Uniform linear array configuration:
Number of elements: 48
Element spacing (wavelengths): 0.25
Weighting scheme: cosine
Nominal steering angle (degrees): -45
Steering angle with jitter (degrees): -45.89
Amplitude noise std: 0.05
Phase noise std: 0.05

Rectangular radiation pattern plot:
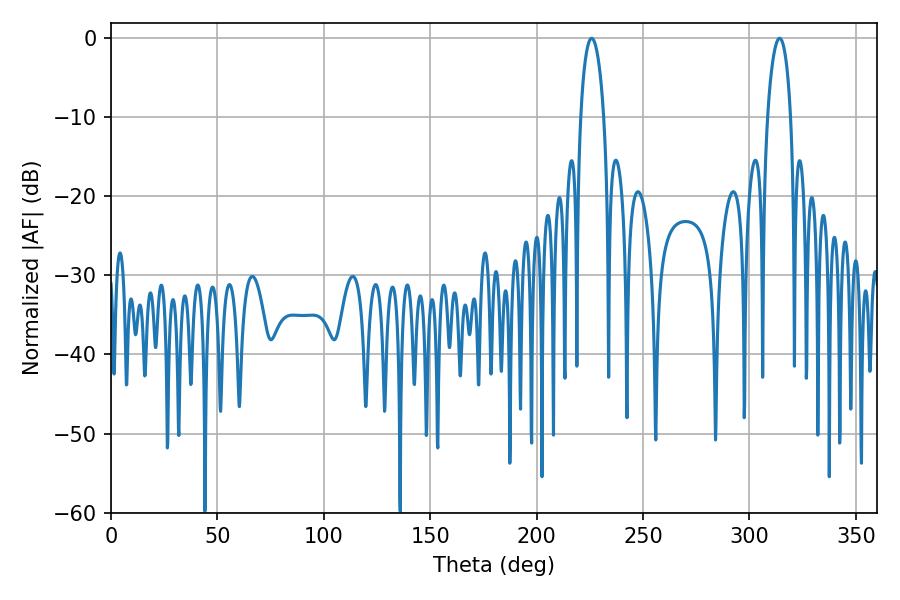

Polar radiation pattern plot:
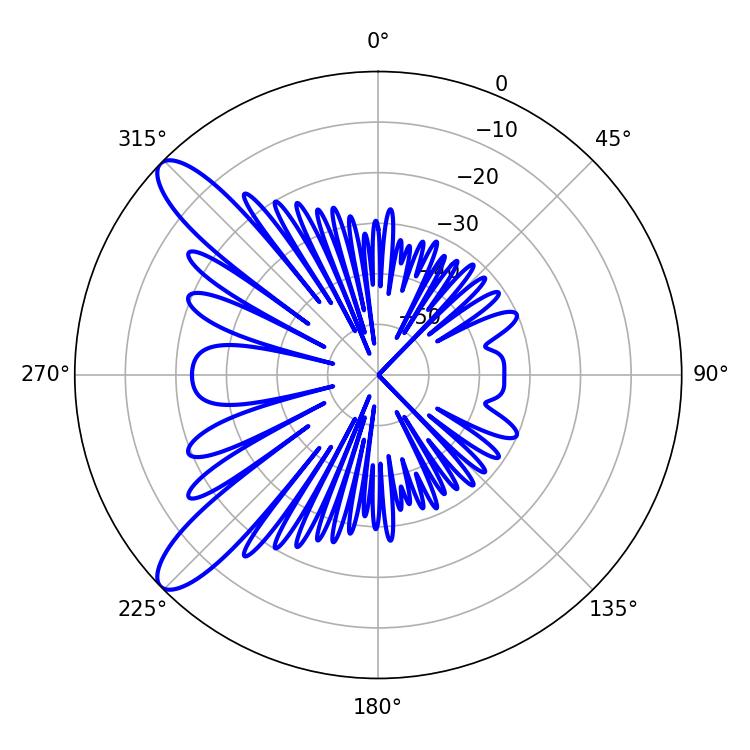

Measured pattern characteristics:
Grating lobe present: FALSE
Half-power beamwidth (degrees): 6.12
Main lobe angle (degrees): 225.9